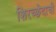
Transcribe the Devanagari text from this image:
शिरच्छेदाची